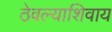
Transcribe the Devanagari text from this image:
ठेवल्याशिवाय